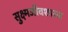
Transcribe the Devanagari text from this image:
सुक्ष्मजीवशास्त्र